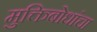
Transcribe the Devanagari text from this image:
मुक्तिबोधांचा